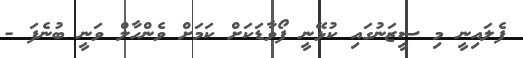
ފެލައިނީ މި ސީޒަނުގައި ކުޅޭނީ ފޯވާޑަކަށް ކަމަށް ވެންހާލް ވަނީ ބުނެފަ -